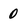
Character: 0